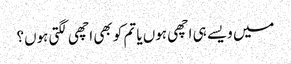
میں ویسے ہی اچھی ہوں یا تم کو بھی اچھی لگتی ہوں؟